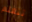
تتعلم